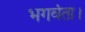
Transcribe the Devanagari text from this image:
भगवंता।